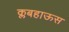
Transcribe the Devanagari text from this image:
क्लबहाऊस